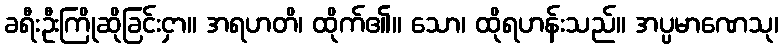
ခရီးဦးကြိုဆိုခြင်းငှာ။ အရဟတိ၊ ထိုက်၏။ သော၊ ထိုရဟန်းသည်။ အပ္ပမာဏေသု၊